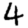
Digit: 4